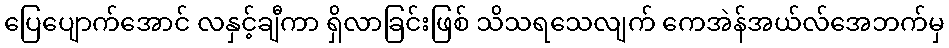
ပြေပျောက်အောင် လနှင့်ချီကာ ရှိလာခြင်းဖြစ် သိသရသေလျက် ကေအဲန်အယ်လ်အေဘက်မှ